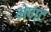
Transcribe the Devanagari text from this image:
भेण्ट